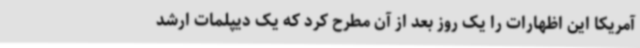
آمریکا این اظهارات را یک روز بعد از آن مطرح کرد که یک دیپلمات ارشد